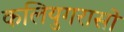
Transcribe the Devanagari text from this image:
कलियुगरासो